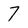
Character: 7